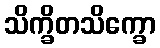
သိက္ခိတသိက္ခော